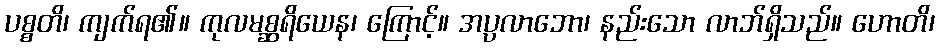
ပစ္စတိ၊ ကျက်ရ၏။ ကုလမစ္ဆရိယေန၊ ကြောင့်။ အပ္ပလာဘော၊ နည်းသော လာဘ်ရှိသည်။ ဟောတိ၊